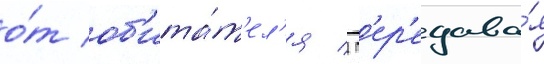
о́т об'ита́т'ел'я / п'ер'едава́я